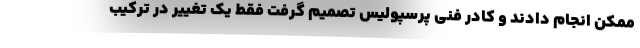
ممکن انجام دادند و کادر فنی پرسپولیس تصمیم گرفت فقط یک تغییر در ترکیب